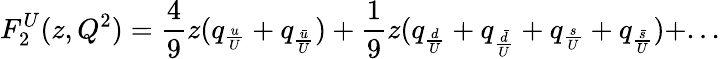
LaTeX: F_{2}^{U}(z,Q^{2})=\frac{4}{9}z(q_{\frac{u}{U}}+q_{\frac{\bar{u}}{U}})+\frac{1}{9}z(q_{\frac{d}{U}}+q_{\frac{\bar{d}}{U}}+q_{\frac{s}{U}}+q_{\frac{\bar{s}}{U}})+...